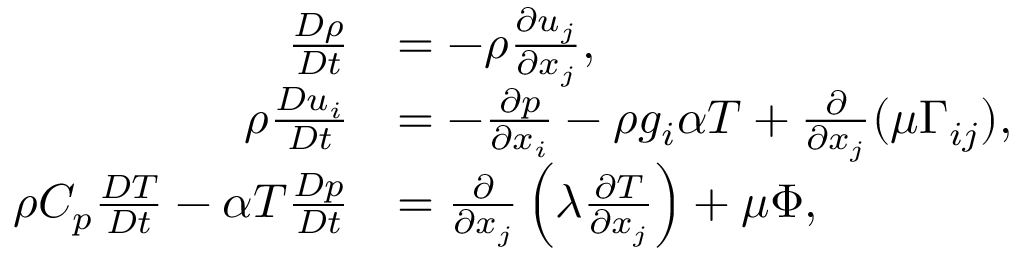
\begin{array} { r l } { \frac { D \rho } { D t } } & { = - \rho \frac { \partial u _ { j } } { \partial x _ { j } } , } \\ { \rho \frac { D u _ { i } } { D t } } & { = - \frac { \partial p } { \partial x _ { i } } - \rho g _ { i } \alpha T + \frac { \partial } { \partial x _ { j } } ( \mu \Gamma _ { i j } ) , } \\ { \rho C _ { p } \frac { D T } { D t } - \alpha T \frac { D p } { D t } } & { = \frac { \partial } { \partial x _ { j } } \left( \lambda \frac { \partial T } { \partial x _ { j } } \right) + \mu \Phi , } \end{array}